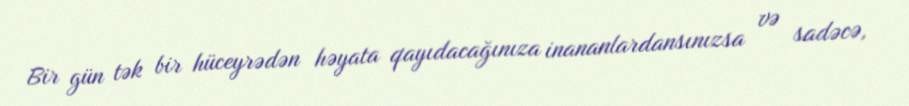
Bir gün tək bir hüceyrədən həyata qayıdacağınıza inananlardansınızsa və sadəcə,